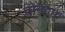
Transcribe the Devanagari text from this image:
दोनदाच